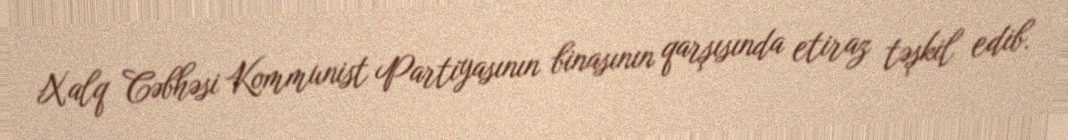
Xalq Cəbhəsi Kommunist Partiyasının binasının qarşısında etiraz təşkil edib.